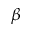
\beta